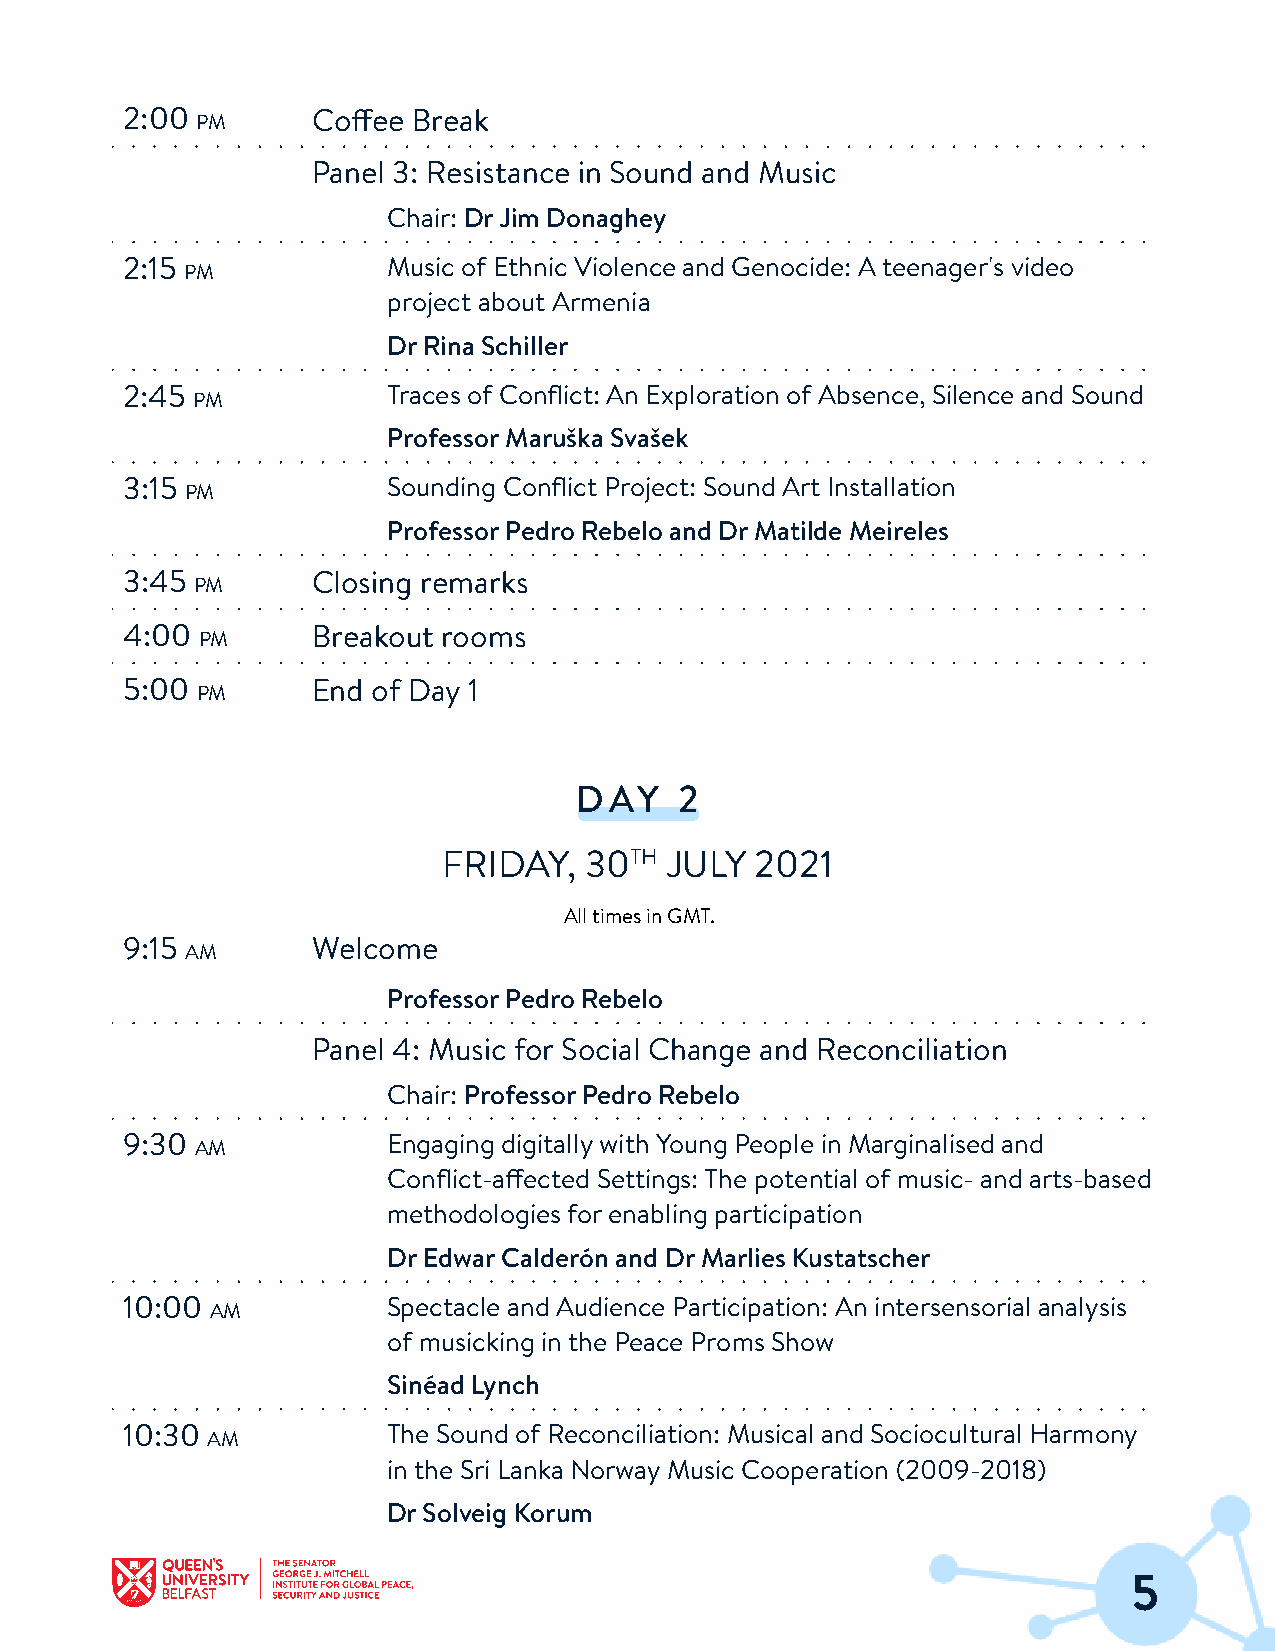
2:00         Coffee Break
 PM
 Panel 3: Resistance in Sound and Music
 Chair: DrJim Donaghey
 2:15              Music of Ethnic Violence and Genocide: Ateenager's video
 PM
 project about Armenia
 DrRina Schiller
 2:45              Traces of Conflict: An Exploration of Absence, Silence and Sound
 PM
 ProfessorMaruška Svašek
 3:15              Sounding Conflict Project: Sound Art Installation
 PM
 ProfessorPedro Rebelo and DrMatilde Meireles
 3:45         Closing remarks
 PM
 4:00         Breakout rooms
 PM
 5:00         End of Day 1
 PM
 DAY    2
 FRIDAY,   30TH JULY  2021
 AlltimesinGMT.
 9:15         Welcome
 AM
 ProfessorPedro Rebelo
 Panel 4: Music for Social Change and Reconciliation
 Chair: ProfessorPedro Rebelo
 9:30              Engaging digitallywith Young People in Marginalised and
 AM
 Conflict-affected Settings:The potential of music- and arts-based
 methodologiesforenabling participation
 DrEdwarCalderón and DrMarlies Kustatscher
 10:00             Spectacle and Audience Participation: An intersensorial analysis
 AM
 of musicking inthe Peace Proms Show
 Sinéad Lynch
 10:30             The Sound of Reconciliation: Musical and Sociocultural Harmony
 AM
 inthe Sri Lanka NorwayMusic Cooperation (2009-2018)
 DrSolveig Korum
 5